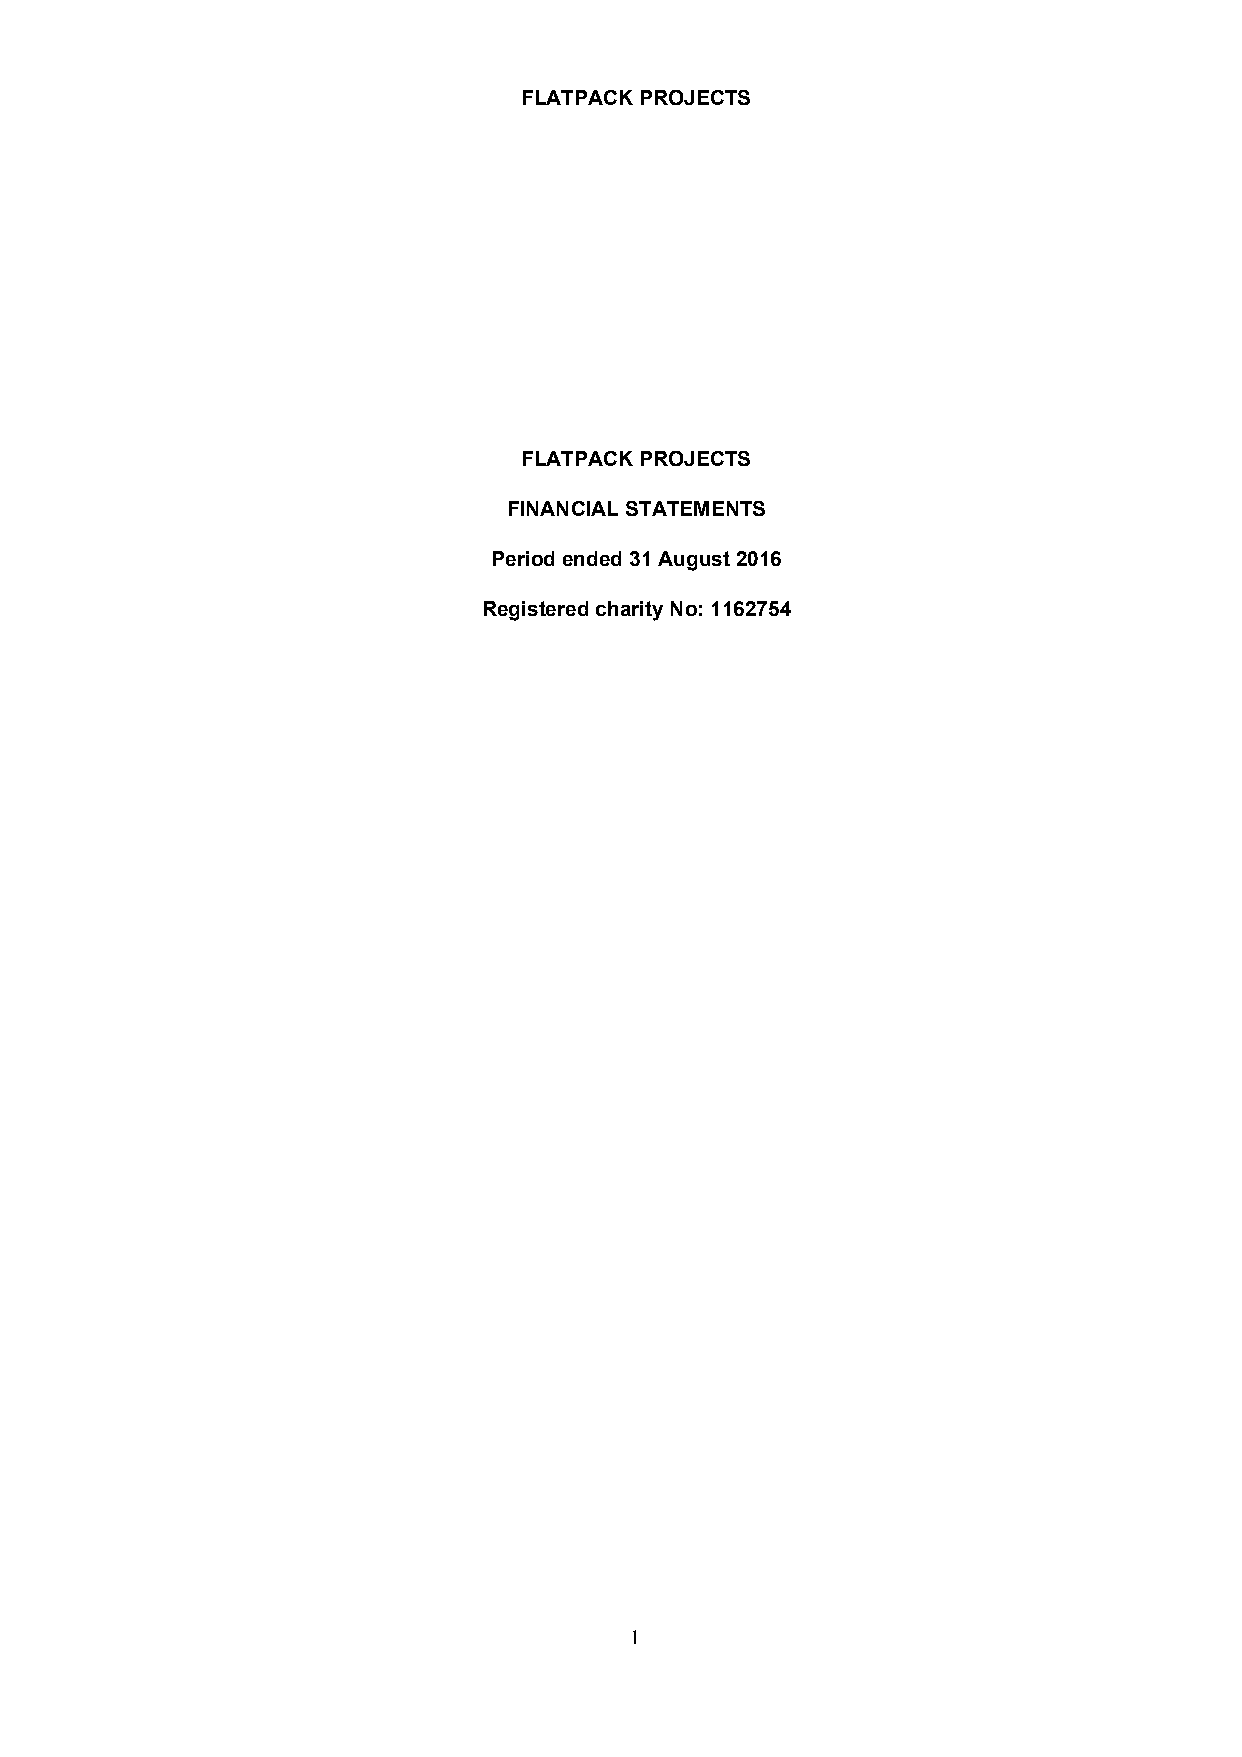
FLATPACK PROJECTS
 FLATPACK PROJECTS
 FINANCIAL STATEMENTS
 Period ended 31 August 2016
 Registered charity No: 1162754
 1